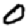
Digit: 0